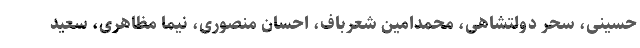
حسینی، سحر دولتشاهی، محمدامین شعرباف، احسان منصوری، نیما مظاهری، سعید